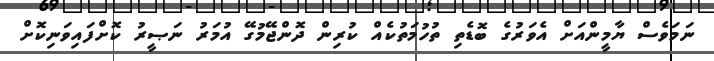
ނަމަވެސް ޔާމީންއަށް އެވަރުގެ ބޮޑެތި ތުހުމަތުކެއް ކުރިން ދޮންޖޭމުގޭ އުމަރު ނަޞީރު ކޮށްފައިވަނިކޮށް